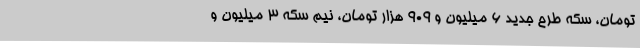
تومان، سکه طرح جدید 6 میلیون و 909 هزار تومان، نیم سکه 3 میلیون و